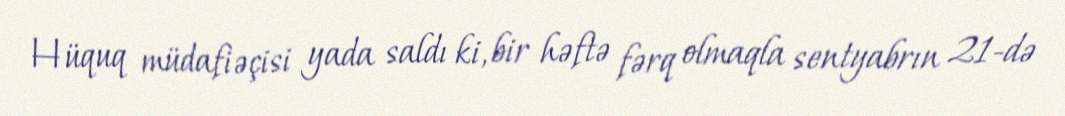
Hüquq müdafiəçisi yada saldı ki, bir həftə fərq olmaqla sentyabrın 21-də